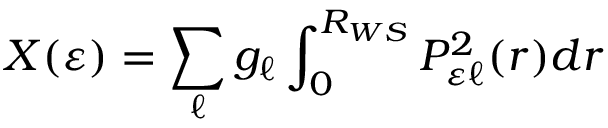
X ( \varepsilon ) = \sum _ { \ell } g _ { \ell } \int _ { 0 } ^ { R _ { W S } } { P _ { \varepsilon \ell } ^ { 2 } ( r ) d r }